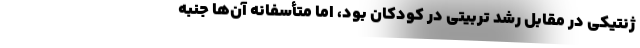
ژنتیکی در مقابل رشد تربیتی در کودکان بود، اما متأسفانه آن‌ها جنبه